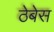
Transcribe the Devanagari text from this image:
ठेबेस